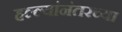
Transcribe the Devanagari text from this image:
हल्ल्यांनंतरच्या